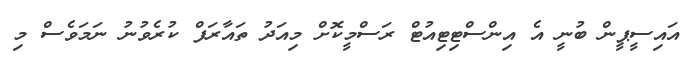
އައިސީޕީން ބުނީ އެ އިންސްޓިޓިއުޓް ރަސްމީކޮށް މިއަދު ތައާރަފް ކުރެވުނު ނަމަވެސް މި